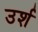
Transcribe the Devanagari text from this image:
उर्श